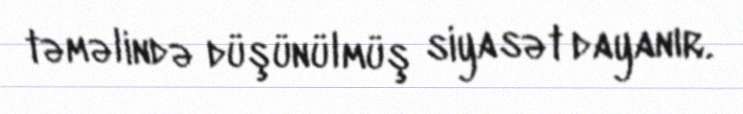
təməlində düşünülmüş siyasət dayanır.